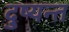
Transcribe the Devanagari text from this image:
दु्ष्यन्त